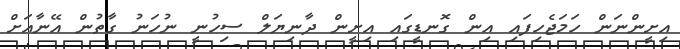
އިށީންނަން ހަމަޖެހިފައި އިން ގޮނޑީގައި އިށީން ދާނިޔަލް ސިހުނީ ނުހަނު ގާތުން އޭނާއަށް